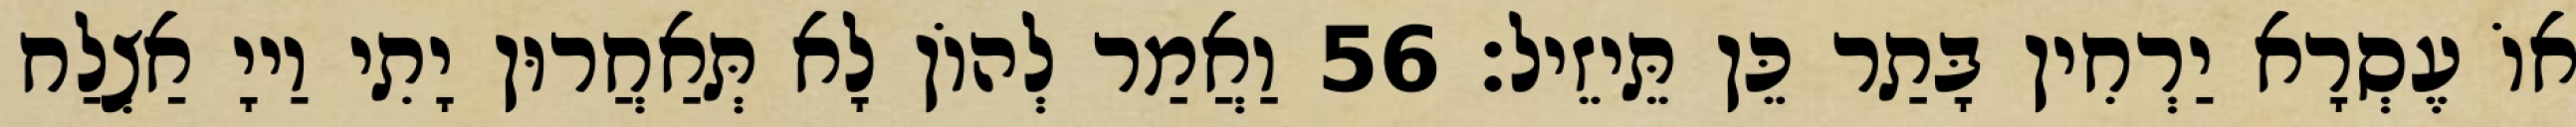
אוֹ עֶסְרָא יַרְחִין בָּתַר כֵּן תֵּיזֵיל׃ 56 וַאֲמַר לְהוֹן לָא תְּאַחֲרוּן יָתִי וַייָ אַצְלַח